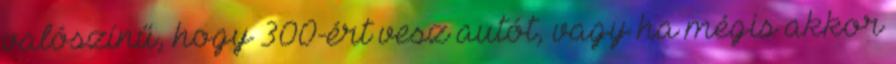
valószínű, hogy 300-ért vesz autót, vagy ha mégis akkor